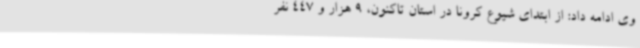
وی ادامه داد: از ابتدای شیوع کرونا در استان تاکنون، 9 هزار و 447 نفر